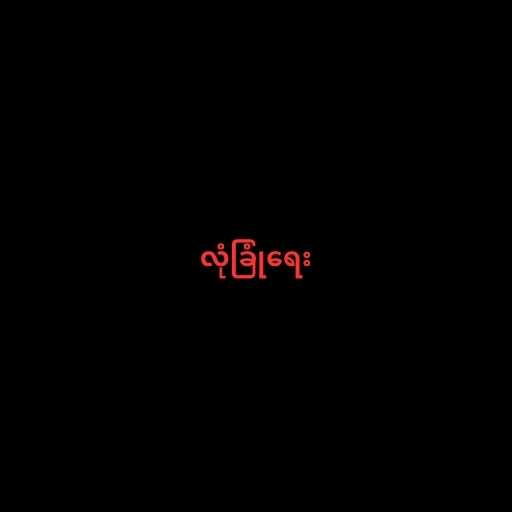
လုံခြုံရေး